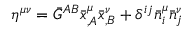
\eta ^ { \mu \nu } = \bar { G } ^ { A B } \bar { x } _ { , A } ^ { \mu } \bar { x } _ { , B } ^ { \nu } + \delta ^ { i j } \bar { n } _ { i } ^ { \mu } \bar { n } _ { j } ^ { \nu }